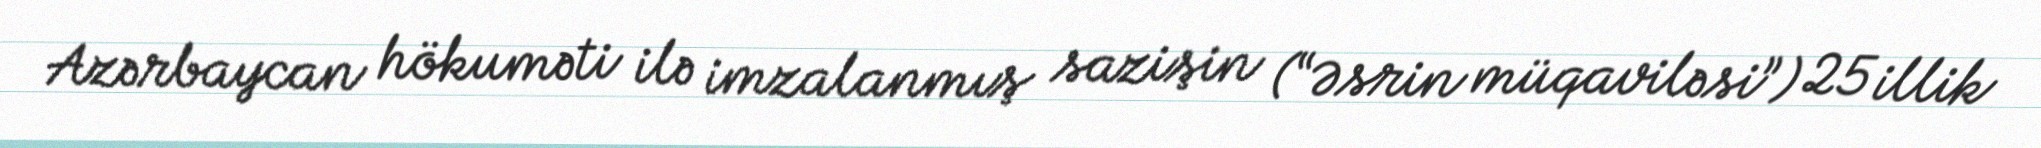
Azərbaycan hökuməti ilə imzalanmış sazişin (“Əsrin müqaviləsi”) 25 illik